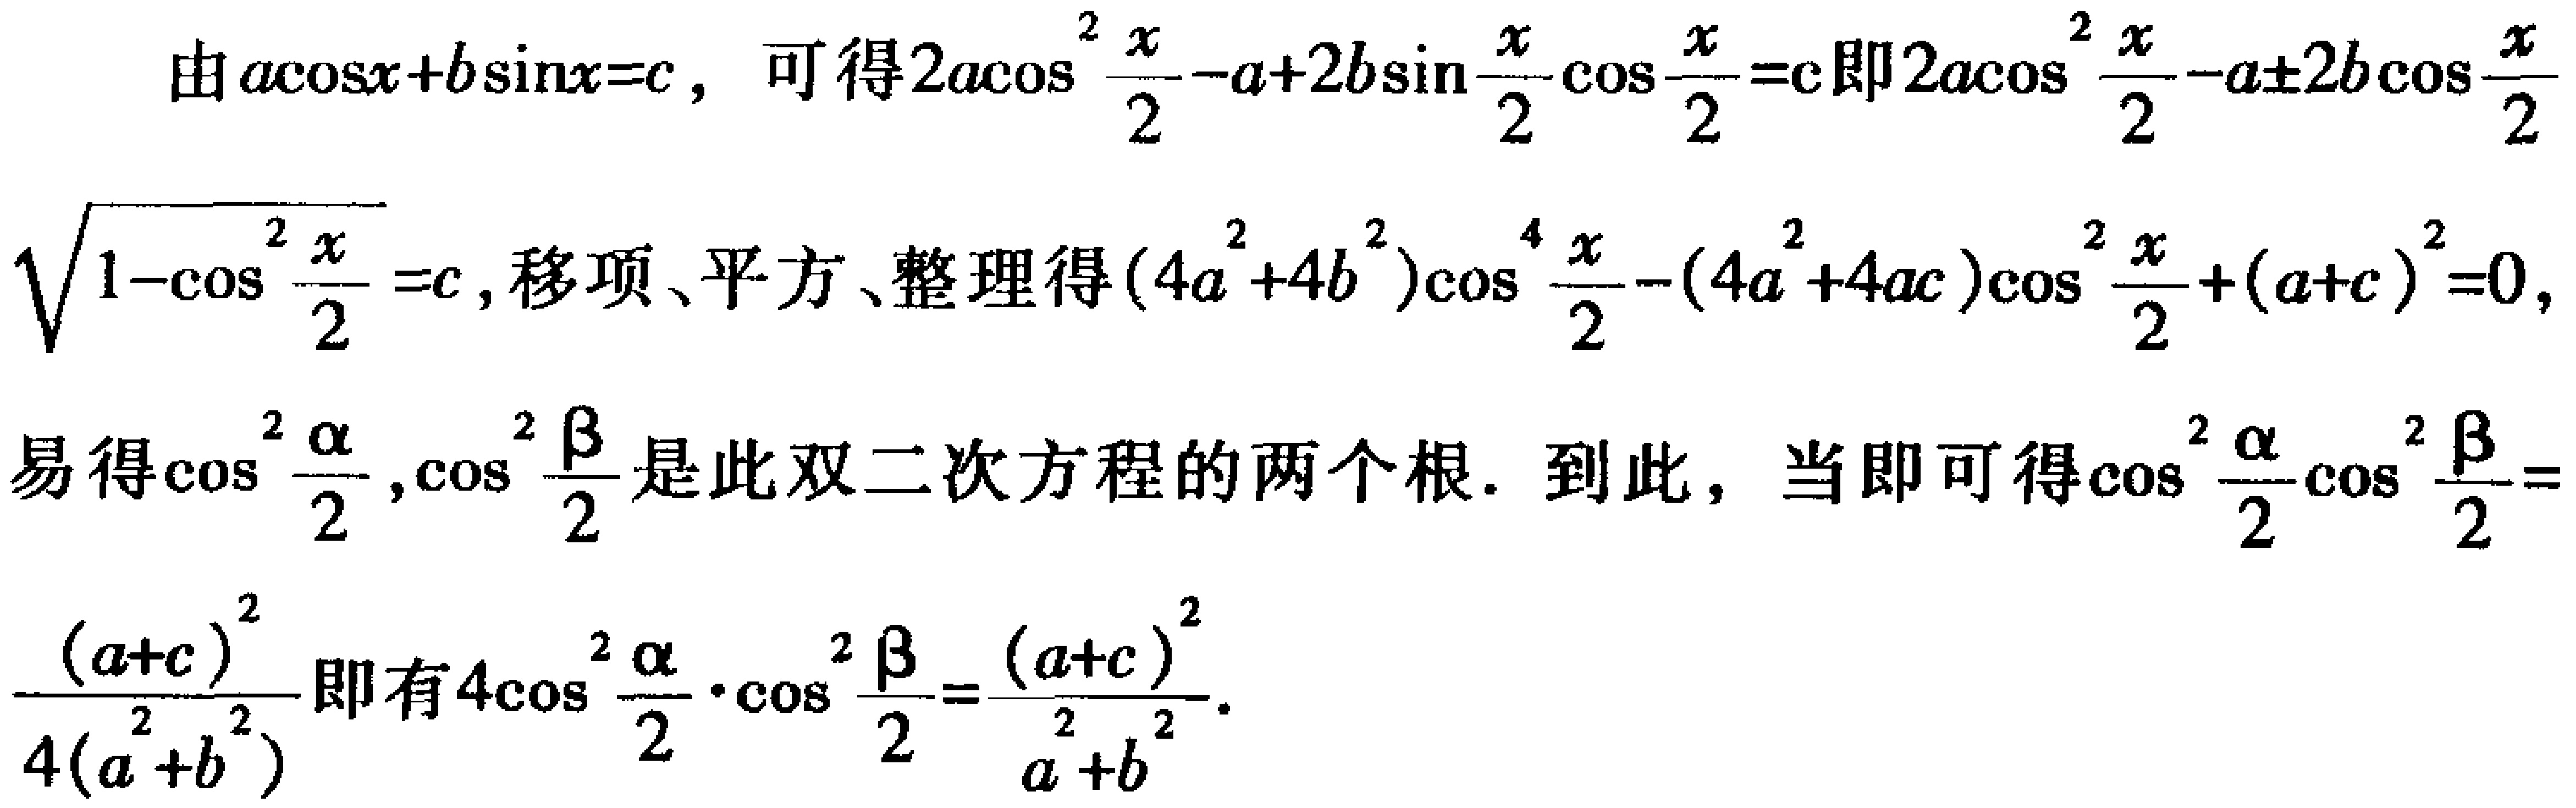
由\(a\cos x + b\sin x = c\)，可得\(2a\cos^{2}\frac{x}{2}-a + 2b\sin\frac{x}{2}\cos\frac{x}{2}=c\)即\(2a\cos^{2}\frac{x}{2}-a\pm2b\cos\frac{x}{2}\sqrt{1 - \cos^{2}\frac{x}{2}}=c\)，移项、平方、整理得\((4a^{2}+4b^{2})\cos^{4}\frac{x}{2}-(4a^{2}+4ac)\cos^{2}\frac{x}{2}+(a + c)^{2}=0\)，易得\(\cos^{2}\frac{\alpha}{2},\cos^{2}\frac{\beta}{2}\)是此双二次方程的两个根. 到此，当即可得\(\cos^{2}\frac{\alpha}{2}\cos^{2}\frac{\beta}{2}=\frac{(a + c)^{2}}{4(a^{2}+b^{2})}\)即有\(4\cos^{2}\frac{\alpha}{2}\cdot\cos^{2}\frac{\beta}{2}=\frac{(a + c)^{2}}{a^{2}+b^{2}}\).